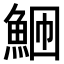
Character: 𬵎